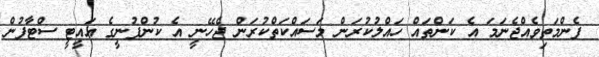
ފެންމަތިވެއްޖެނަމަ އެ ކަންތައް ހައްލުކުރަން މަސައްކަތްކުރަން ޖެހޭނީ އެ ކުންފުނީގެ އައީޓީ ސްޓާފުން